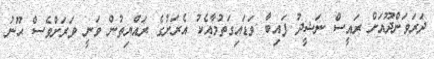
ދަރަވަންދޫއަށް ރައީސް ނަޝީދު ފައިބާ ވަޑައިގަތުމާއެކު އެރަށުގެ ރައްޔިތުން ވަނީ ވަރަށްވެސް ޙޫނު